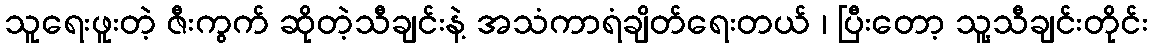
သူရေးဖူးတဲ့ ဇီးကွက် ဆိုတဲ့သီချင်းနဲ့ အသံကာရံချိတ်ရေးတယ် ၊ ပြီးတော့ သူ့သီချင်းတိုင်း